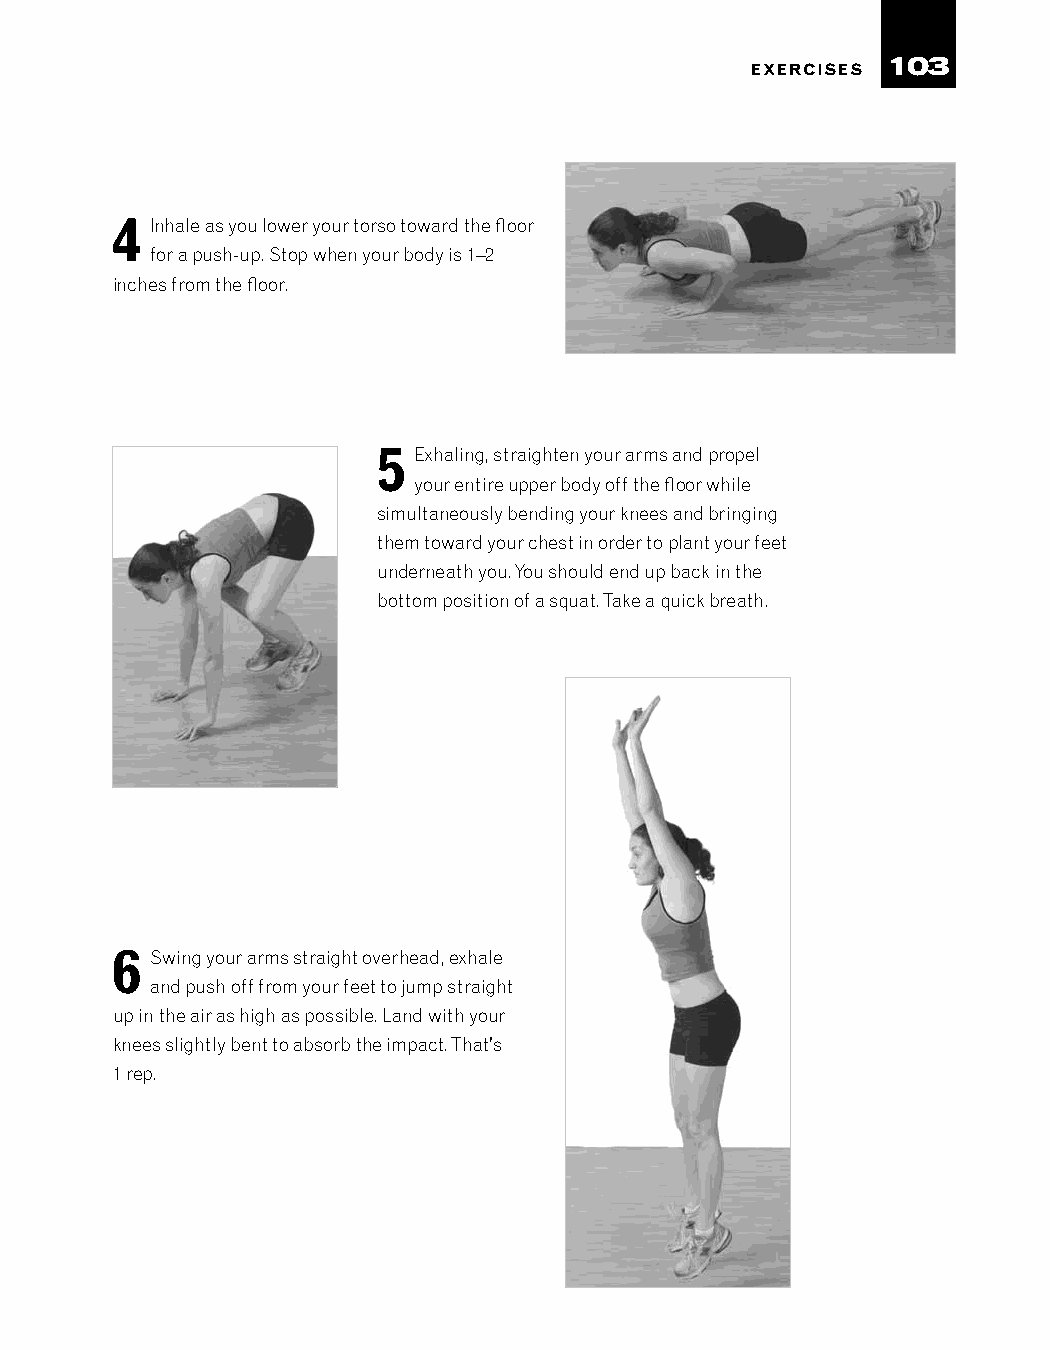
103
 EXERCISES
 4  Inhale as you lower your torso toward the floor
 for a push-up. Stop when your body is 1–2
 inches from the floor.
 5 Exhaling, straighten your arms and propel
 your entire upper body off the floor while
 simultaneously bending your knees and bringing
 them toward your chest in order to plant your feet
 underneath you. You should end up back in the
 bottom position of a squat. Take a quick breath.
 6  Swing your arms straight overhead, exhale
 and push off from your feet to jump straight
 up in the air as high as possible. Land with your
 knees slightly bent to absorb the impact. That’s
 1 rep.